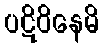
ပဋိဝိနေမိ